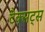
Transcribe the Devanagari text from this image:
टैक्सट्स